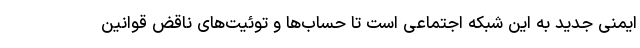
ایمنی جدید به این شبکه اجتماعی است تا حساب‌ها و توئیت‌های ناقض قوانین